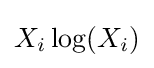
X_{i}\log(X_{i})